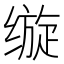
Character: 𰬵